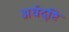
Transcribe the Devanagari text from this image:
अर्धदृष्टि